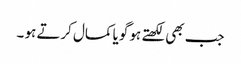
جب بھی لکھتے ہو گویا کمال کرتے ہو ۔